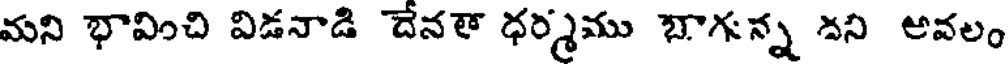
మని భావించి విడనాడి దేనళా ధర్మము బాగన్న దని అవలం